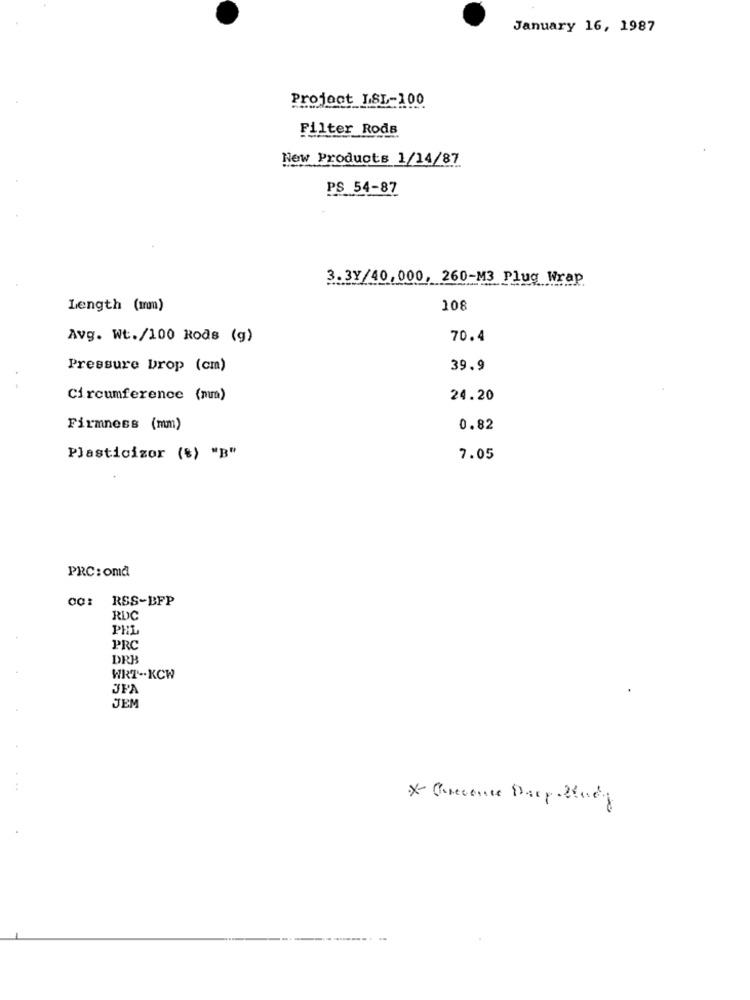
January 16, 1987
Project LSL-100
Filter Rods
New Products 1/14/87
PS 54-87
3.3Y/40,000, 260-M3 Plug Wrap
Length (mm)
108
Avg. Wt./100 Rods (g)
70.4
Pressure Drop (cm)
39.9
Circumference (mm)
24.20
Firmness (mm)
0.82
Plasticizor (%) "B"
7.05
PRC: oma
00: RSS-BFP
RDC
PHL
PRC
DRB
WRT -. KCW
JFA
JEM